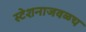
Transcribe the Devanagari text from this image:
स्टेशनाजवळच